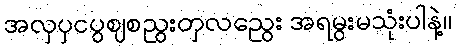
အလှပှငပွဈစညွးတှလညွေး အရမွးမသုံးပါနဲ့။